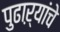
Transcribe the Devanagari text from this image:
पुढाऱ्यांचे